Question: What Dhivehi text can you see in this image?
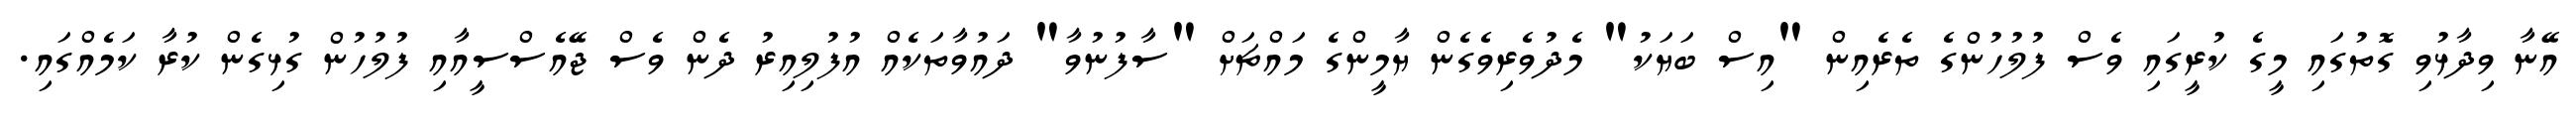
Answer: އޭނާ ވިދާޅުވި ގޮތުގައި މީގެ ކުރީގައި ވެސް ފުލުހުންގެ ތެރެއިން "އިސް ބަޔަކު" މެދުވެރިވެގެން ޔާމީންގެ މައްޗަށް "ސާފުނުވާ" ދައުވާތަކެއް އުފުލިއިރު ދެން ވެސް ޖޭއެސްސީއާއި ފުލުހުން ގުޅިގެން ކުރާ ކަމެއްގައި.